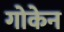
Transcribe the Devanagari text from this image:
गोकेन